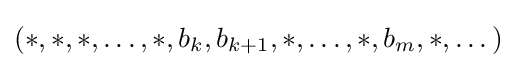
(*,*,*,\dots ,*,b_{k},b_{k+1},*,\dots ,*,b_{m},*,\dots )